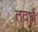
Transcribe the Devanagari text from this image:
तदर्धं